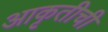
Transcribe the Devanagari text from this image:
आकृतीची